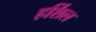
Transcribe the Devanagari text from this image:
हर्शिल